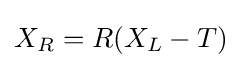
X_{R}=R(X_{L}-T)